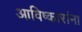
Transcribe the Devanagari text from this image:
आविष्कारांना